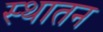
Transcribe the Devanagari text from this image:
स्थातन